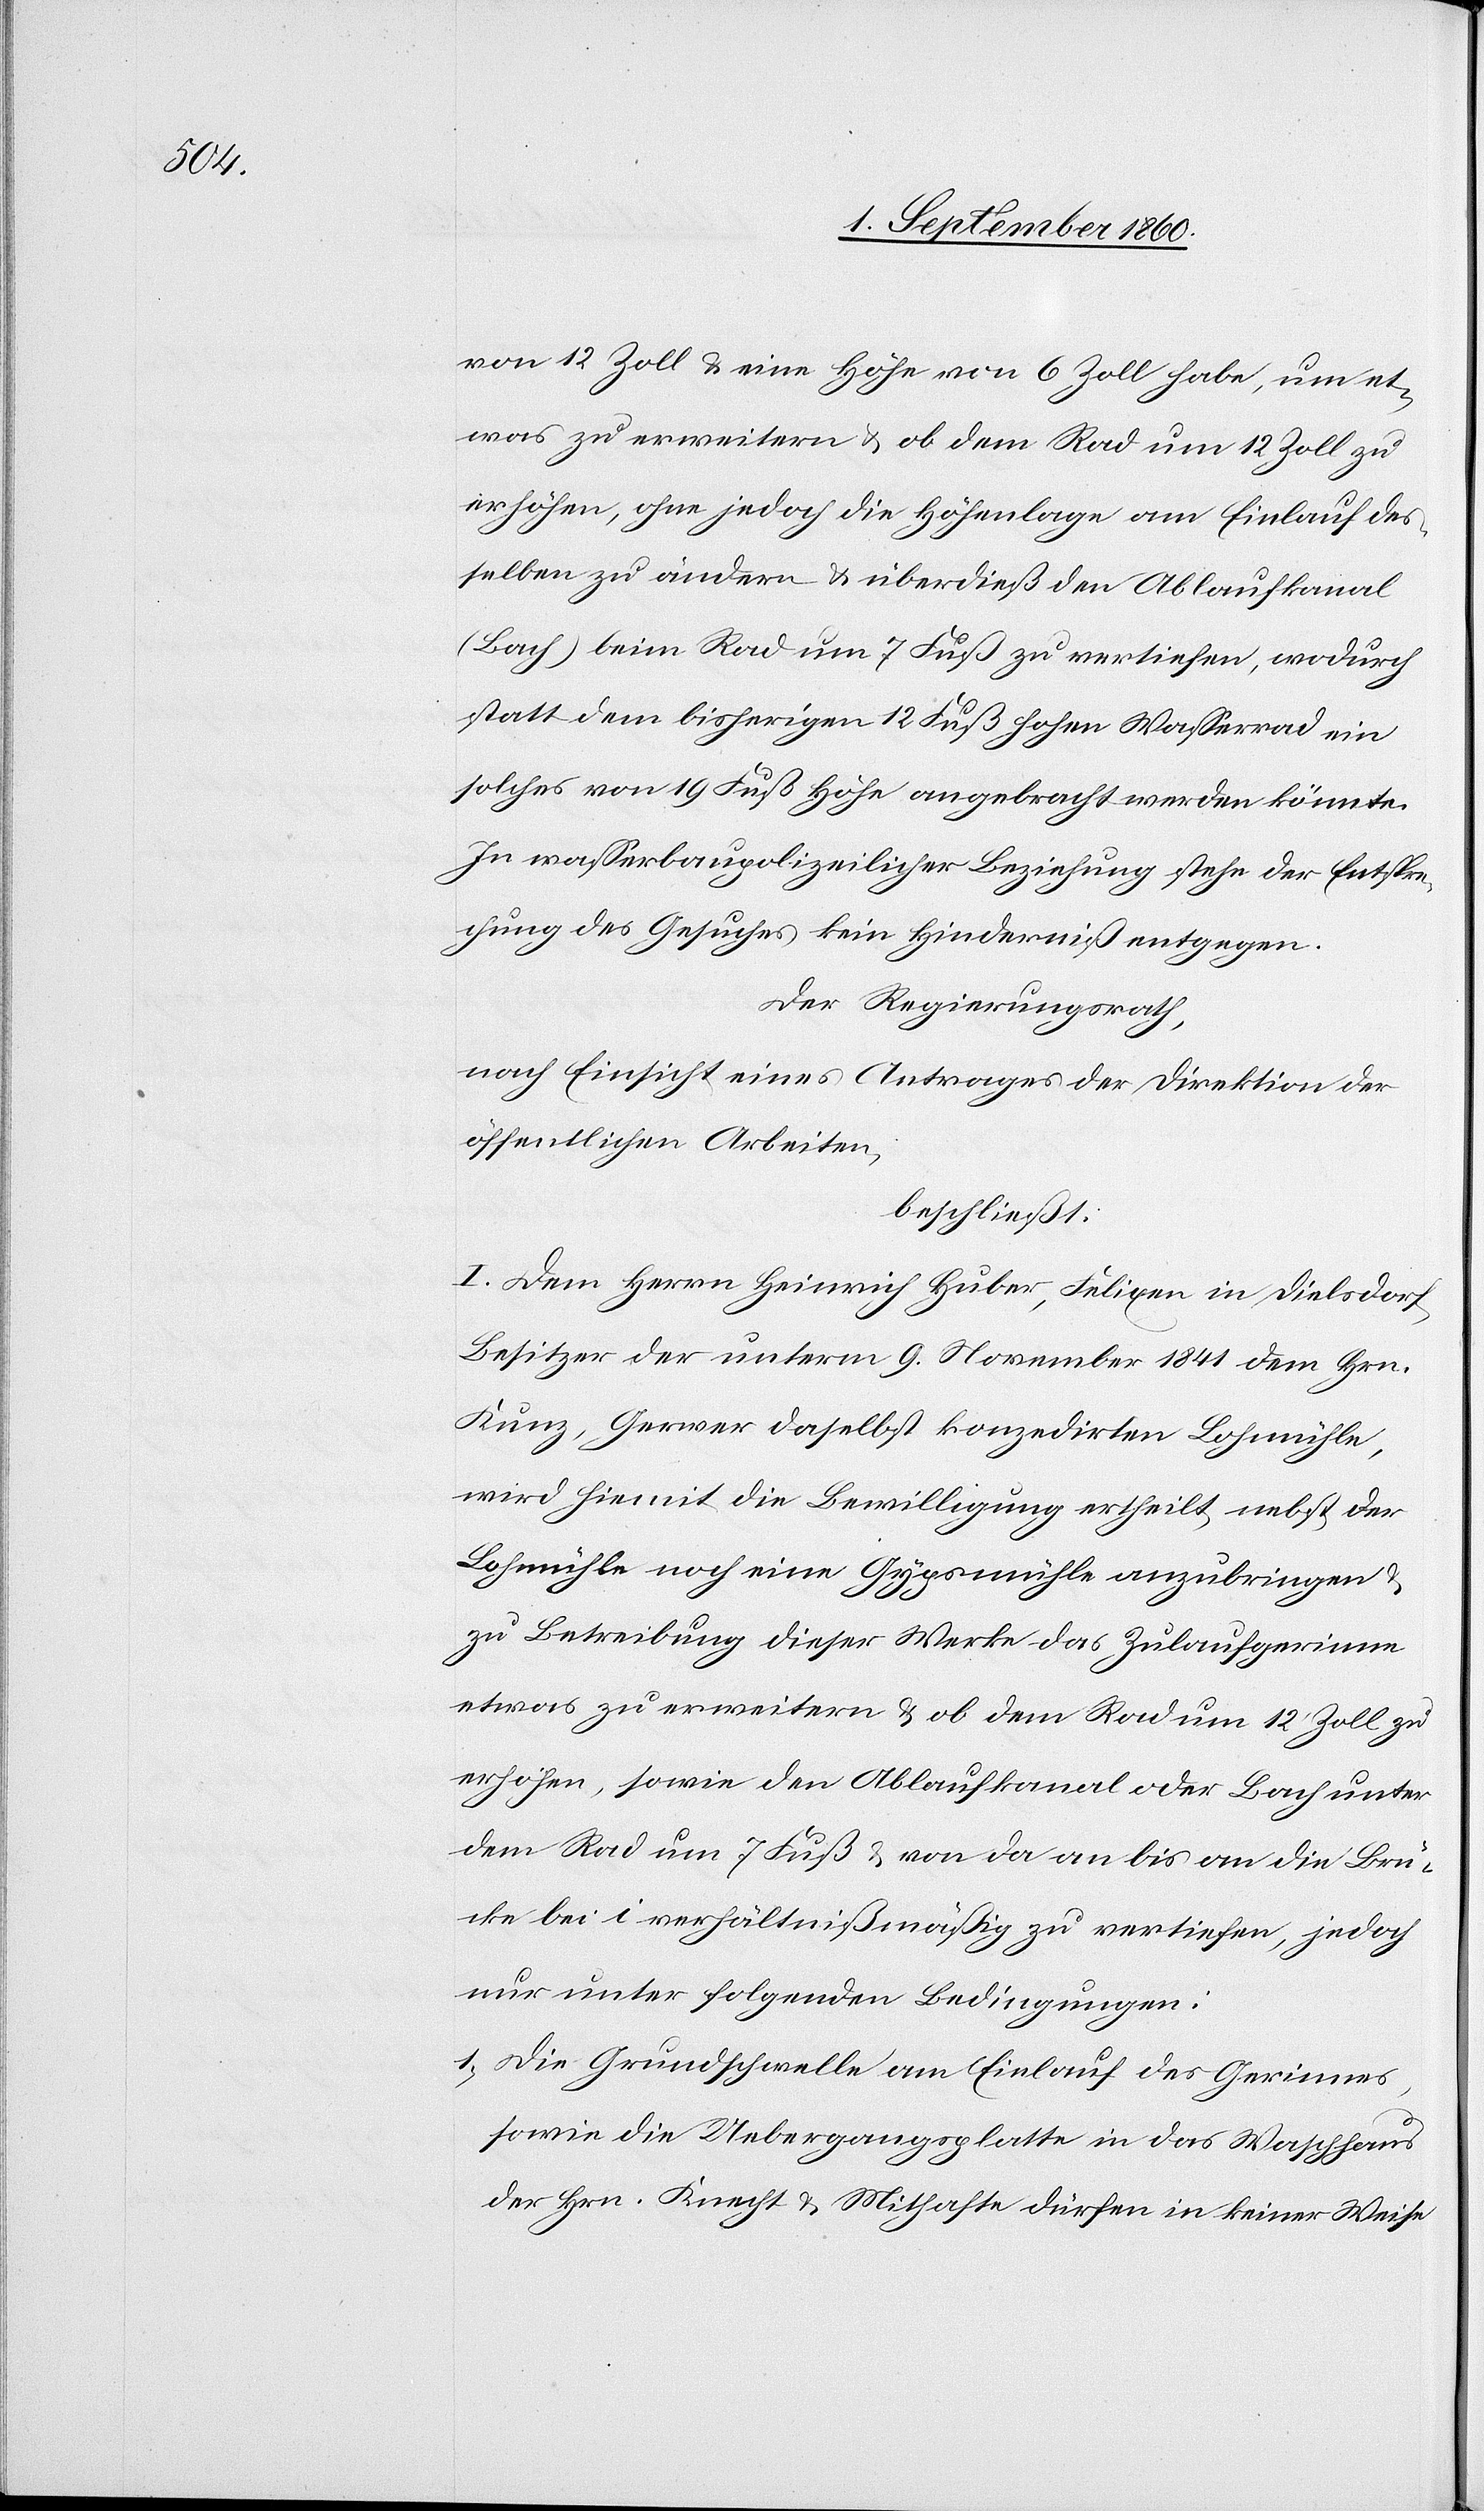
von 12 Zoll u. eine Höhe von 6 Zoll habe, um et¬
was zu erweitern u. ob dem Rad um 12 Zoll zu
erhöhen, ohne jedoch die Höhenlage am Einlauf der¬
selben zu ändern u. überdiess den Ablaufkanal
(Bach) beim Rad um 7 Fuss zu vertiefen, wodurch
statt dem bisherigen 12 Fuss hohen Wasserrad ein
solches von 19. Fuss Höhe angebracht werden könnte.
In wasserbaupolizeilicher Beziehung stehe der Entspre¬
chung des Gesuches kein Hinderniss entgegen.
Der Regierungsrath,
nach Einsicht eines Antrages der Direktion der
öffentlichen Arbeiten,
beschliesst:
I. Dem Herrn Heinrich Huber, Felixen in Dielsdorf,
Besitzer der unterm 9. Wintermonat 1841 dem Hrn.
Kunz, Gerwer daselbst konzedirten Lohmühle,
wird hiermit die Bewilligung ertheilt, nebst der
Lohmühle noch eine Gypsmühle anzubringen u.
zu Betreibung dieser Werke das Zulaufgerinne
etwas zu erweitern u. ob dem Rad um 12 Zoll zu
erhöhen, sowie den Ablaufkanal oder Bach unter
dem Rad um 7 Fuss von da an bis an die Brü¬
cke bei i verhältnissmässig zu vertiefen, jedoch
nur unter folgenden Bedingungen:
1) Die Grundschwelle am Einlauf des Gerinnes,
sowie die Uebergangsplatte in das Waschhaus
der Hrn. Knecht u. Mithafte dürfen in keiner Weise